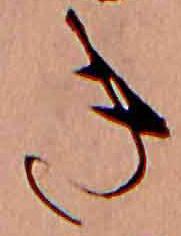
き